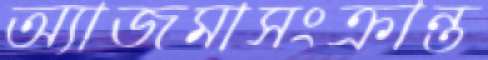
অ্যাজমাসংক্রান্ত